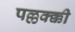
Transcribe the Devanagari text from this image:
पल्लक्क्की